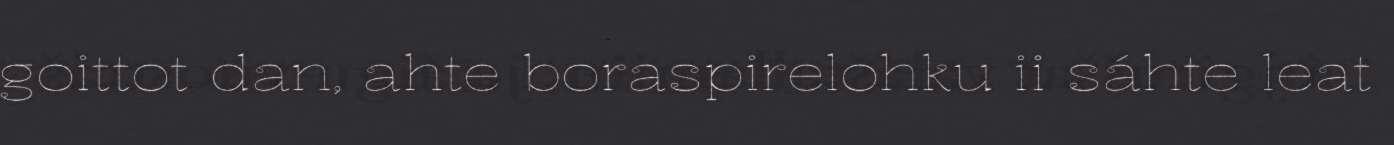
goittot dan, ahte boraspirelohku ii sáhte leat